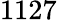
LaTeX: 1127